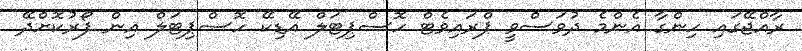
ރާއްޖޭގައި ހިންގާ އެންމެ ދުވަސްވީ ޕްރައިވެޓް ހޮސްޕިޓަލް އޭޑިކޭ ހޮސްޕިޓަލް އިން ފޯރުކޮށްދޭ